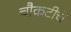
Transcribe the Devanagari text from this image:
चौकटीचे